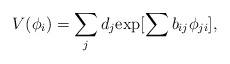
\begin{align*}V(\phi_i) = \sum_{j} d_j {\exp [\sum b_{ij} \phi_{ji}]},\end{align*}